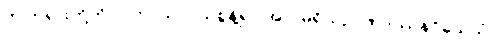
ဤတရားတို့ကို။ ပဟာယ၊ ပယ်စွန့်၍။ အလမရိယဉာဏဒဿနဝိသေသံ၊